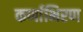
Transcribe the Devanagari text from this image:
कर्णाभिरण